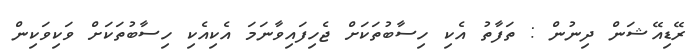
ރޭޑިއޭޝަން ދިނުން : ތަފާތު އެކި ހިސާބުތަކަށް ޖެހިފައިވާނަމަ އެކިއެކި ހިސާބުތަކަށް ވަކިވަކިން